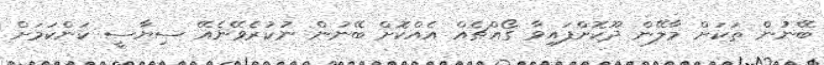
ބޭނުން ތަކަށް މާލޭން ދޫކޮށްފައިވާ ގޯއްޗެއް އެއްކޮށް ބޭނުން ނުކުރެވޭނެއޭ ސިޔާސީ ކަންކަމަށް